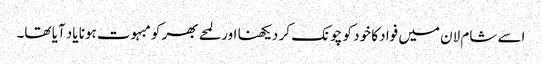
اسے شام لان میں فواد کا خود کو چونک کر دیکھنا اور لمحے بھر کو مبہوت ہونا یاد آیا تھا۔